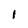
Character: I